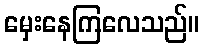
မှေးနေကြလေသည်။